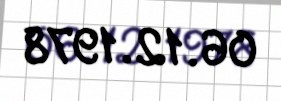
06.12.1978